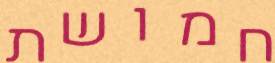
חמושת